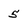
Character: 5